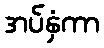
အပ်နှံကာ